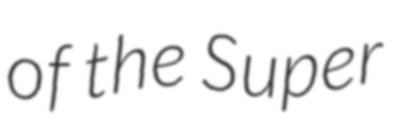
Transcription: of the Super